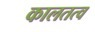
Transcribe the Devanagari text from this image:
कालतत्व